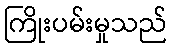
ကြိုးပမ်းမှုသည်